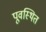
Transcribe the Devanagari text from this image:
पूवस्थित